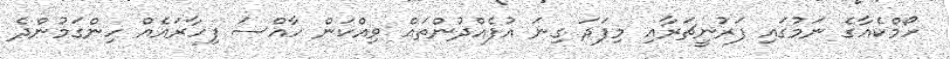
ހޯމްކެއާގެ ނަމުގައި ފަރުނީޗަރާއި މިފަދަ ގިނަ އުފެއްދުންތައް ވިއްކަން ހާއްސަ ފިހާރައެއް ހިންގަމުންދެ